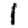
Digit: 1